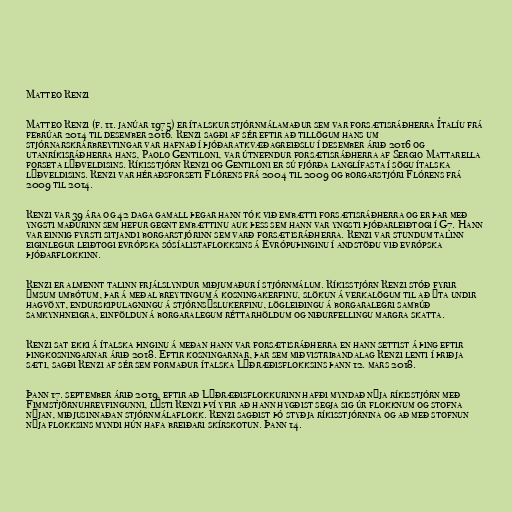
Matteo Renzi

Matteo Renzi (f. 11. janúar 1975) er ítalskur stjórnmálamaður sem var forsætisráðherra Ítalíu frá
febrúar 2014 til desember 2016. Renzi sagði af sér eftir að tillögum hans um
stjórnarskrárbreytingar var hafnað í þjóðaratkvæðagreiðslu í desember árið 2016 og
utanríkisráðherra hans, Paolo Gentiloni, var útnefndur forsætisráðherra af Sergio Mattarella
forseta lýðveldisins. Ríkisstjórn Renzi og Gentiloni er sú fjórða langlífasta í sögu ítalska
lýðveldisins. Renzi var héraðsforseti Flórens frá 2004 til 2009 og borgarstjóri Flórens frá
2009 til 2014.

Renzi var 39 ára og 42 daga gamall þegar hann tók við embætti forsætisráðherra og er þar með
yngsti maðurinn sem hefur gegnt embættinu auk þess sem hann var yngsti þjóðarleiðtogi í G7. Hann
var einnig fyrsti sitjandi borgarstjórinn sem varð forsætisráðherra. Renzi var stundum talinn
eiginlegur leiðtogi evrópska sósíalistaflokksins á Evrópuþinginu í andstöðu við evrópska
þjóðarflokkinn.

Renzi er almennt talinn frjálslyndur miðjumaður í stjórnmálum. Ríkisstjórn Renzi stóð fyrir
ýmsum umbótum, þar á meðal breytingum á kosningakerfinu, slökun á verkalögum til að ýta undir
hagvöxt, endurskipulagningu á stjórnsýslukerfinu, lögleiðingu á borgaralegri sambúð
samkynhneigra, einföldun á borgaralegum réttarhöldum og niðurfellingu margra skatta.

Renzi sat ekki á ítalska þinginu á meðan hann var forsætisráðherra en hann settist á þing eftir
þingkosningarnar árið 2018. Eftir kosningarnar, þar sem miðvistribandalag Renzi lenti í þriðja
sæti, sagði Renzi af sér sem formaður ítalska Lýðræðisflokksins þann 12. mars 2018.

Þann 17. september árið 2019, eftir að Lýðræðisflokkurinn hafði myndað nýja ríkisstjórn með
Fimmstjörnuhreyfingunni, lýsti Renzi því yfir að hann hygðist segja sig úr flokknum og stofna
nýjan, miðjusinnaðan stjórnmálaflokk. Renzi sagðist þó styðja ríkisstjórnina og að með stofnun
nýja flokksins myndi hún hafa breiðari skírskotun. Þann 14.